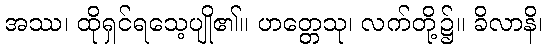
အဿ၊ ထိုရှင်ရသေ့ပျို၏။ ဟတ္တေသု၊ လက်တို့၌။ ခိလာနိ၊